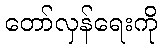
တော်လှန်ရေးကို